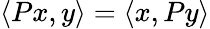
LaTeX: \langle Px,y\rangle=\langle x,Py\rangle